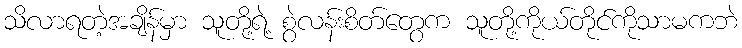
သိလာရတဲ့အချိန်မှာ သူတို့ရဲ့ စွဲလန်းစိတ်တွေက သူတို့ကိုယ်တိုင်ကိုသာမကဘဲ